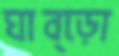
ঘাব্‌ড়ো